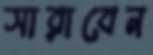
সারাবেন